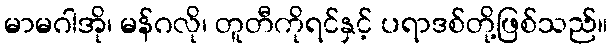
မာမဂါအို၊ မန်ဂလို၊ တူတီကိုရင်နှင့် ပရာဒစ်တို့ဖြစ်သည်။